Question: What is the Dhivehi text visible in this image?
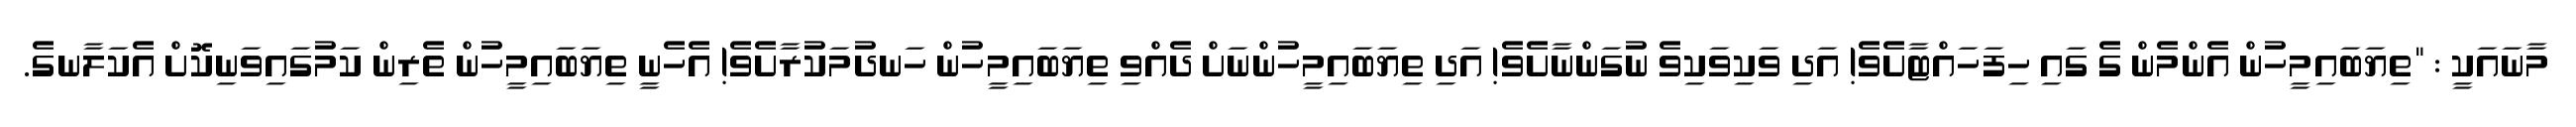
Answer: މާނައަކީ : "ތިޔަބައިމީހުން އެންމެން ގެ ގައި ހިފަހައްޓާށެވެ! އަދި ވަކިވަކިވެ ނުގަންނާށެވެ! އަދި ތިޔަބައިމީހުންނަށް ދެއްވި ތިޔަބައިމީހުން ހަނދުމަކުރާށެވެ! އެހެނީ ތިޔަބައިމީހުން ތެރިން ކަމުގައިވަނިކޮށް އެކަލާނގެ.